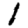
Digit: 1